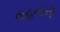
વાહનોની